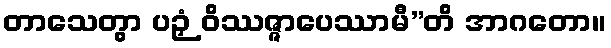
တာသေတွာ ပဉှံ ဝိဿဇ္ဇာပေဿာမီ”တိ အာဂတော။